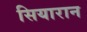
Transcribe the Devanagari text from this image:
सियारान